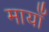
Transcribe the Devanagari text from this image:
मायाँ